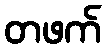
တဖက်